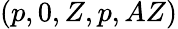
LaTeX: (p,0,Z,p,AZ)